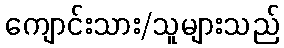
ကျောင်းသား/သူများသည်